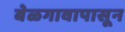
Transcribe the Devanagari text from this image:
बेळगावापासून